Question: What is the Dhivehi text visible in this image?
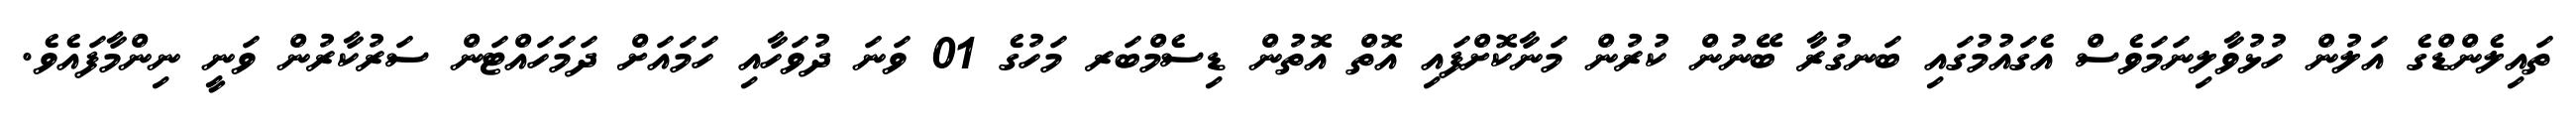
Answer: ތައިލެންޑްގެ އަލުން ހުޅުވާލިނަމަވެސް އެގައުމުގައި ބަނގުރާ ބޭނުން ކުރުން މަނާކޮށްފައި އޮތް އޮތުން ޑިސެމްބަރ މަހުގެ 01 ވަނަ ދުވަހާއި ހަމައަށް ދަމަހައްޓަން ސަރުކާރުން ވަނީ ނިންމާފައެވެ.